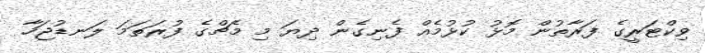
ވިކްޓަރީގެ ފަރާތުން މޮޅު ކުޅުމެއް ފެނިގެން ދިޔަ މި މެޗްގެ ފުރަތަމަ ލަނޑުޖަހާ